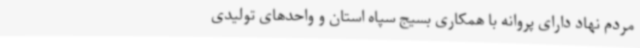
مردم نهاد دارای پروانه با همکاری بسیج سپاه استان و واحدهای تولیدی